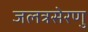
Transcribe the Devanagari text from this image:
जलत्रसेरणु